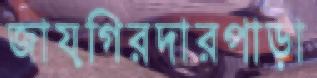
জায়গিরদারপাড়া